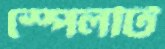
স্পেলটি